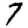
Digit: 7